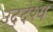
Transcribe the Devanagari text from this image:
उद्‌देश्‍य